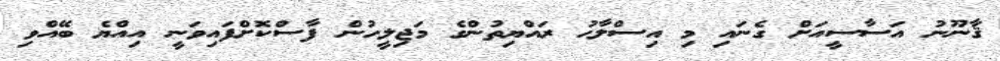
ޤާނޫނު އަސާސީއަށް ގެނައި މި އިސްލާޙު ރައްޔިތުންގެ މަޖިލީހުން ފާސްކޮށްފައިވަނީ އިއްޔެ ބޭއްވި